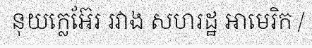
នុយក្លេអ៊ែរ រវាង សហរដ្ឋ អាមេរិក /